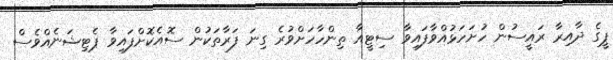
ޕީގެ ދާއިރާ ރައީސުން ހުށަހަޅުއްވާފައިވާ ސިޓީއާ ތިންހާހަށްވުރެ ގިނަ ފަރާތަކުން ސޮއެކޮށްފައިވާ ޕެޓިޝަނެއްވެސް